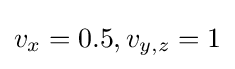
v_{x}=0.5,v_{y,z}=1